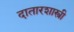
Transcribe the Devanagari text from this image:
दातारशास्त्री